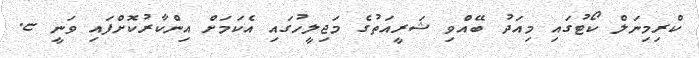
ކްރިމިނަލް ކޯޓުގައި މިއަދު ބޭއްވި ޝަރީއަތުގެ މަޖިލީހުގައި އެކަމަށް އިންކާރުކޮށްފައި ވަނީ ޏ.